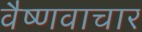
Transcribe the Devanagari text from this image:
वैष्णवाचार